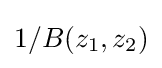
1/B(z_{1},z_{2})